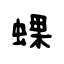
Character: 蜾